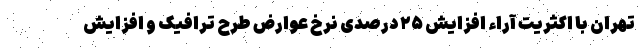
تهران با اکثریت آراء افزایش ۲۵ درصدی نرخ عوارض طرح ترافیک و افزایش